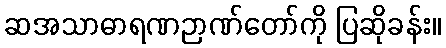
ဆအသာဓာရဏဉာဏ်တော်ကို ပြဆိုခန်း။